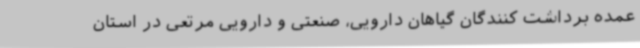
عمده برداشت کنندگان گیاهان دارویی، صنعتی و دارویی مرتعی در استان